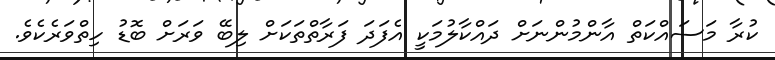
ކުރާ މަސައްކަތް އާންމުންނަށް ދައްކާލުމަކީ އެފަދަ ފަރާތްތަކަށް ލިބޭ ވަރަށް ބޮޑު ހިތްވަރެކެވެ.